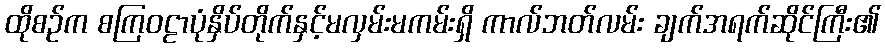
ထိုစဉ်က စကြဝဠာပုံနှိပ်တိုက်နှင့်မလှမ်းမကမ်းရှိ ကာလ်ဘတ်လမ်း ချက်အရက်ဆိုင်ကြီး၏